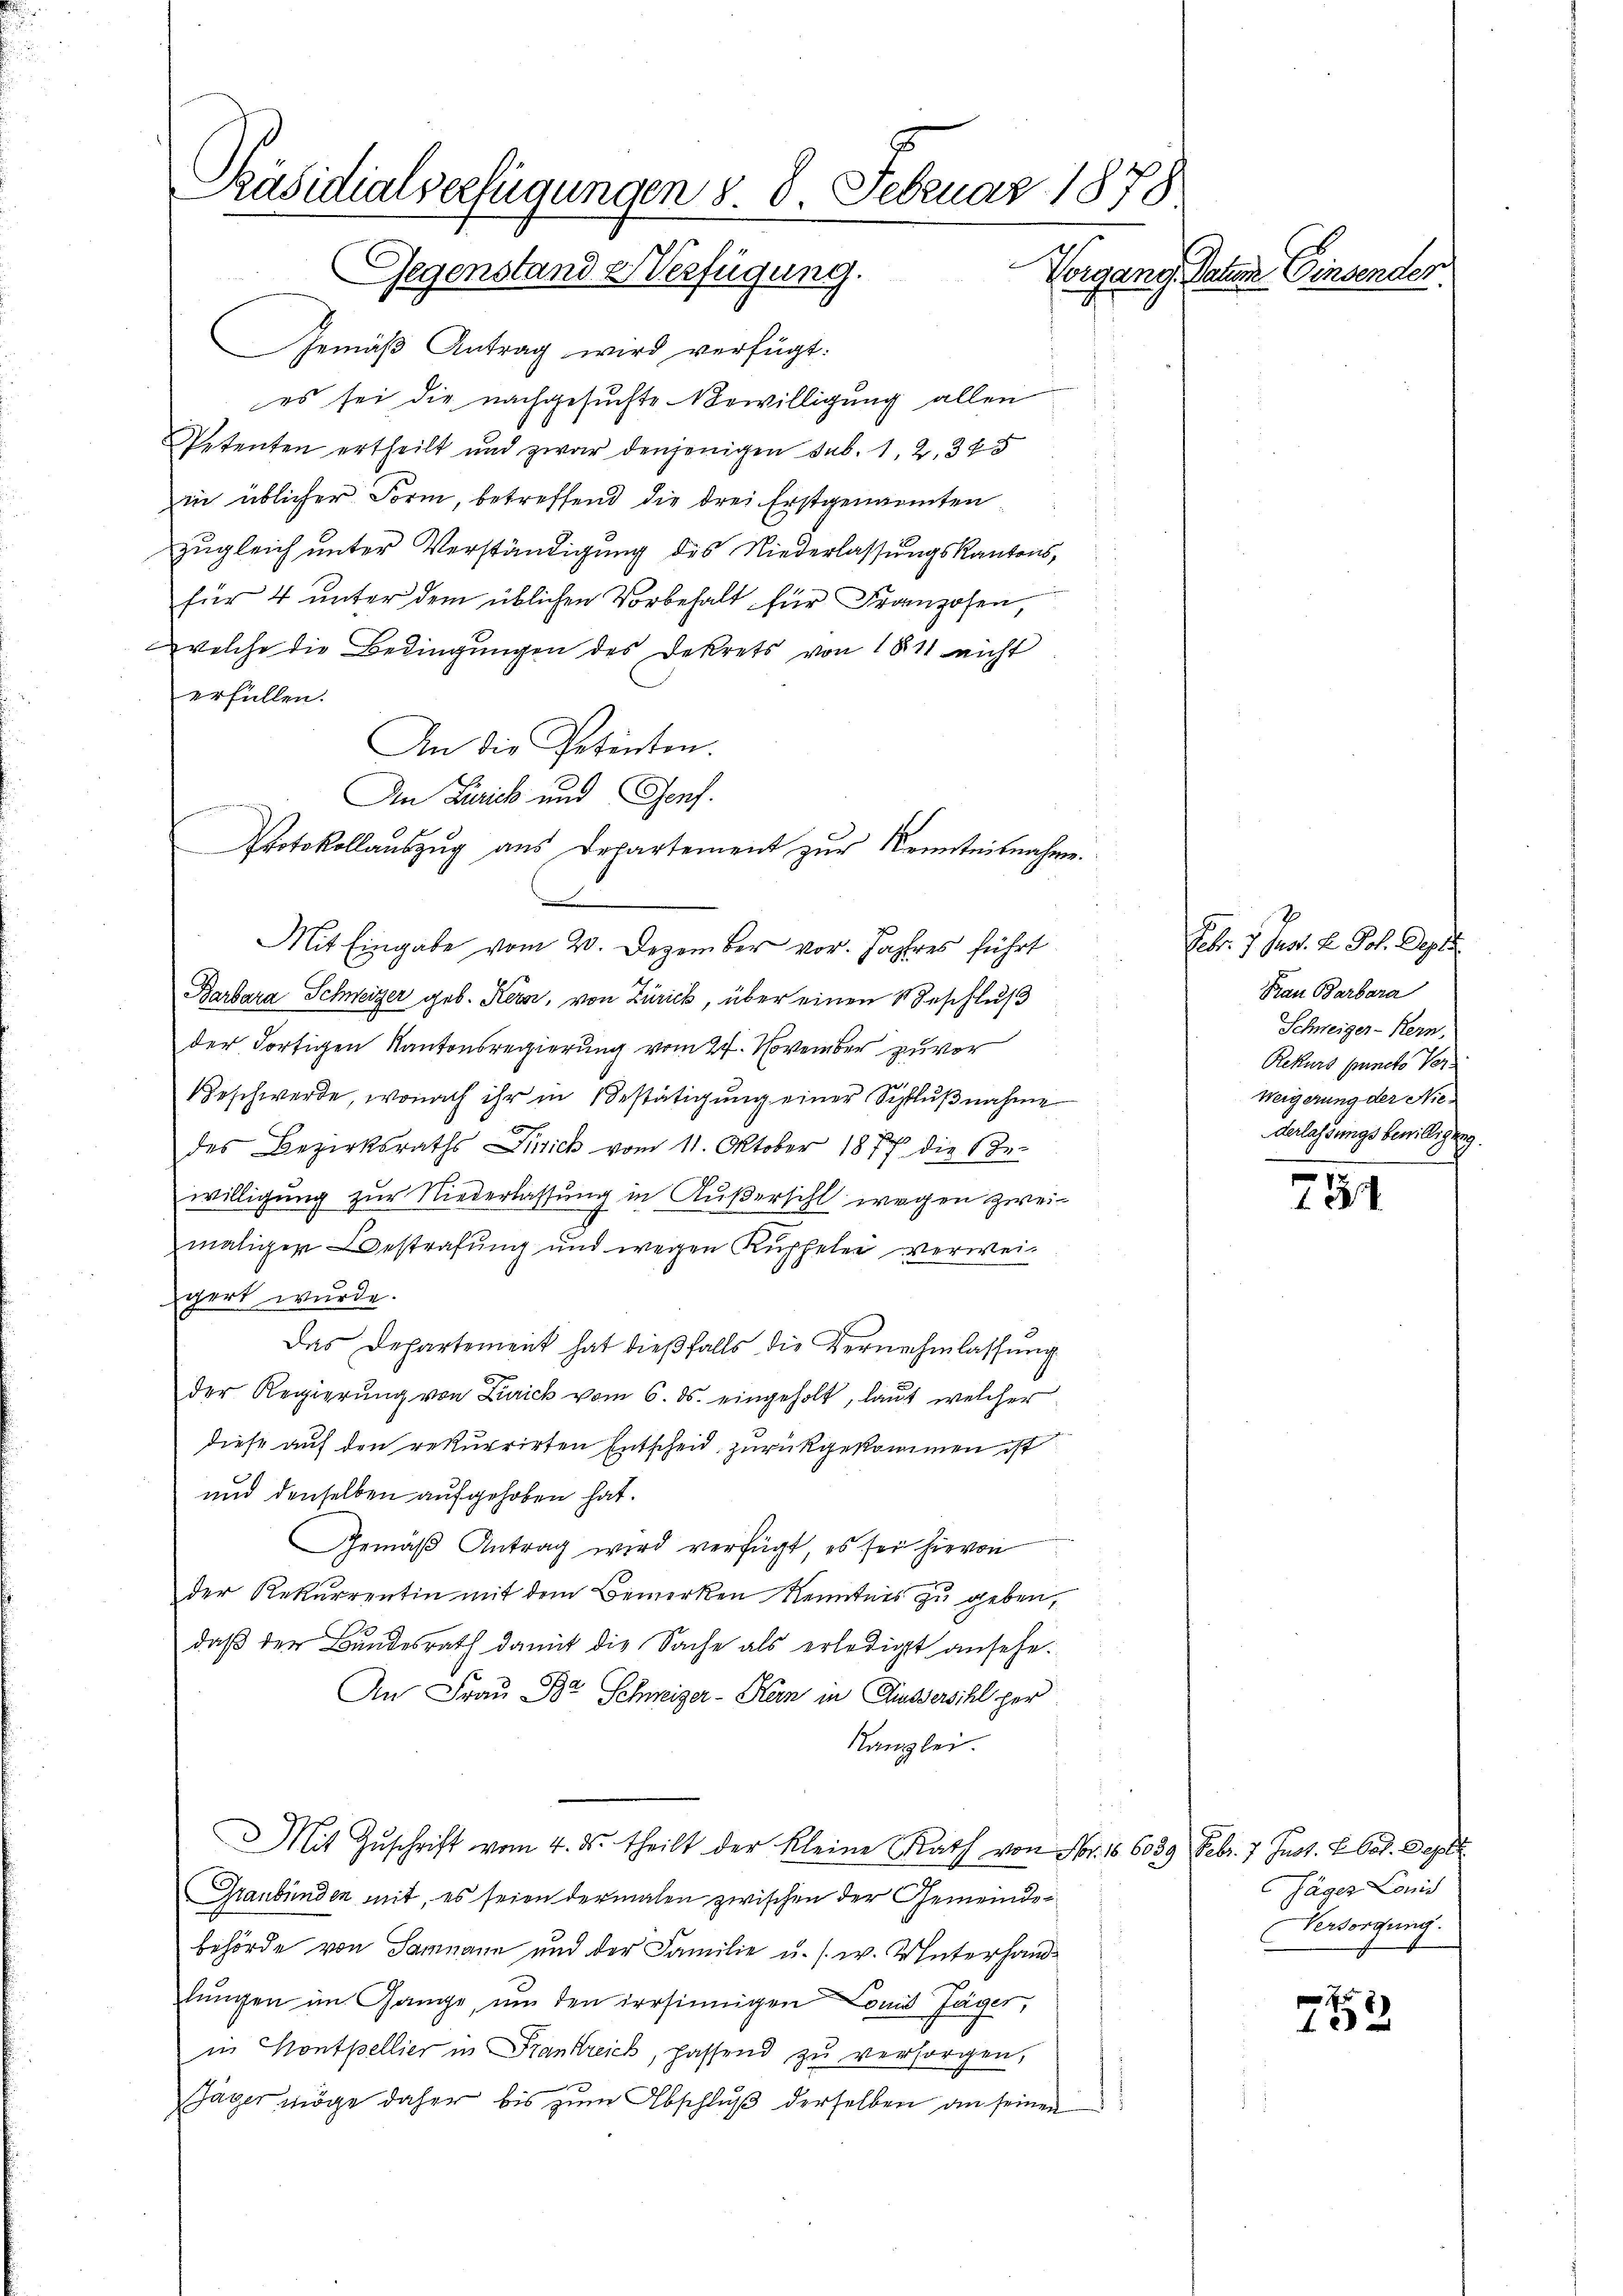
Präsidialverfügungen § 8. Februar 1878
Gegenstande Verfügung.
Vorgang. Paten Einsender

Gemäβ Antrag wird verfügt:
es sei die nachgesuchte Bewilligung allen
Petenten ertheilt und zwar denjenigen sub. 1, 2, 325
in üblicher Form, betreffend die drei Erstgenannten
zugleich unter Verständigung des Niederlassungskantons,
für 4 unter dem üblichen Vorbehalt für Franzosen,
welche die Bedingungen des Dekrets von 1811 nicht
erfüllen.
An die Petenten.
An Zürick und Genf.
Protokollauszug aus Departement zur Kenntnisnahme.
m
Mit Eingabe vom 20. Dezember vor. Jahres führt
Barbara Schweizer geb. Kern, von Zürich, über einen Beschluß
der Fortigen Kantonsregierung vom 27. November zuvor
Geschwerde, wonach ihr in Bestätigung einer Schlußnahme
E
des Bezirksraths Zusich vom 11. Oktober 1877 die Be-
willigung zur Niederlassung in Äußersihl wegen zweimaligen Bestrafung und wegen Kupfelen verweigert wurde.
Das Departement hat dießfalls die Vernehmlassung
der Regierŭng von Zürick vom 6. ds. eingeholt, laut welcher
diese auf den rekurrirten Entscheid zurückgekommen ist
und denselben aufgehoben hat.
Gemäß Antrag wird verfügt, es sei hievon
der Rekurrentin mit dem Bemerken Kenntnis zu geben,
daß der Bundesrath damit die Sache als erledigt ansehe.
An Frau Dr. Schweizer-Kern in Aussersihl per
Kanzlei.
Mit Zŭschrift vom 4. ds. theilt der kleine Rath von Fr.
Graubünden mit, es seien dermalen zwischen der Gemeindebehörde von Sammann und der Familie u. s. w. Unterhandlungen im Gange, um den irrsinnigen Comit Jäger,
in Kontpellier in Frankreich, hassend zŭ versorgen,
Jäger möge daher bis zum Abschluß derselben an seinen

78

Febr. 1. Just. H. Joh. Depre
Frau Barbara
Schweiger-Kern,
Rekurs puncto Ver¬
Weigerung der Nie-
derlassungsbewilligung.
e

116. 6039 Febr. 7. Just. E. Ges. Depet
Jäger Lonis
Versorgung.

7
152